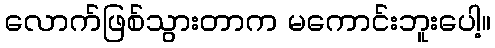
လောက်ဖြစ်သွားတာက မကောင်းဘူးပေါ့။